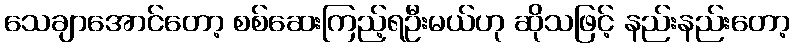
သေချာအောင်တော့ စစ်ဆေးကြည့်ရဦးမယ်ဟု ဆိုသဖြင့် နည်းနည်းတော့